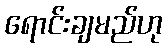
ရောင်းချမည်ဟု